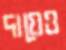
দায়েও